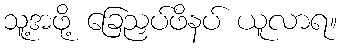
သူ့အဖို့ ခြေညှပ်ဖိနပ် ယူလာရ။